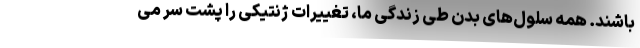
باشند. همه سلول‌های بدن طی زندگی ما، تغییرات ژنتیکی را پشت سر می‌